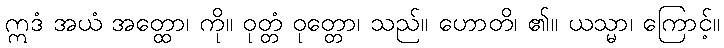
ဣဒံ အယံ အတ္ထော၊ ကို။ ဝုတ္တံ ဝုတ္တော၊ သည်။ ဟောတိ၊ ၏။ ယသ္မာ၊ ကြောင့်။